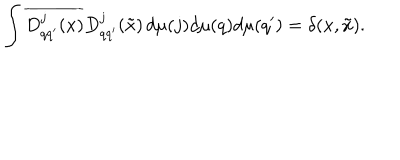
\int \overline { { { D _ { q q ^ { \prime } } ^ { j } ( x ) } } } D _ { q q ^ { \prime } } ^ { j } ( \tilde { x } ) \, d \mu ( j ) d \mu ( q ) d \mu ( q ^ { \prime } ) = \delta ( x , \tilde { x } ) .